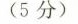
(5分)